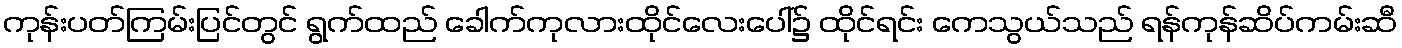
ကုန်းပတ်ကြမ်းပြင်တွင် ရွက်ထည် ခေါက်ကုလားထိုင်လေးပေါ်၌ ထိုင်ရင်း ကေသွယ်သည် ရန်ကုန်ဆိပ်ကမ်းဆီ